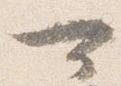
可